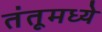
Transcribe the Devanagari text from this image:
तंतूमध्ये